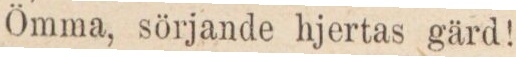
Ömma, sörjande hjertas gärd!